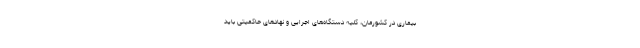
بیماری در کشورمان، کلیه دستگاه‌های اجرایی و نهاد‌های حاکمیتی باید